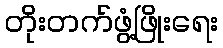
တိုးတက်ဖွံ့ဖြိုးရေး